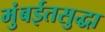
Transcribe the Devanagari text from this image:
मुंबईतसुद्धा